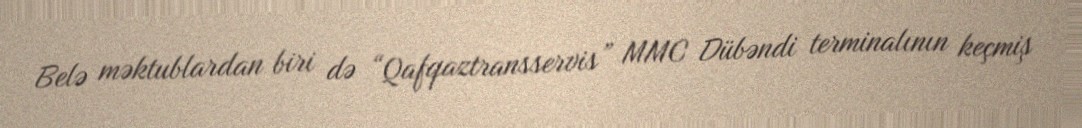
Belə məktublardan biri də “Qafqaztransservis” MMC Dübəndi terminalının keçmiş